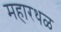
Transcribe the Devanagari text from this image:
महारथळ